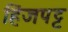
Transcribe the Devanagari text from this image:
हिंजपट्ट